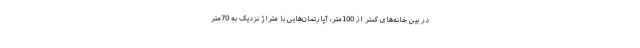
در بین خانه‌های کمتر از 100متر، آپارتمان‌هایی با متراژ نزدیک به 70متر